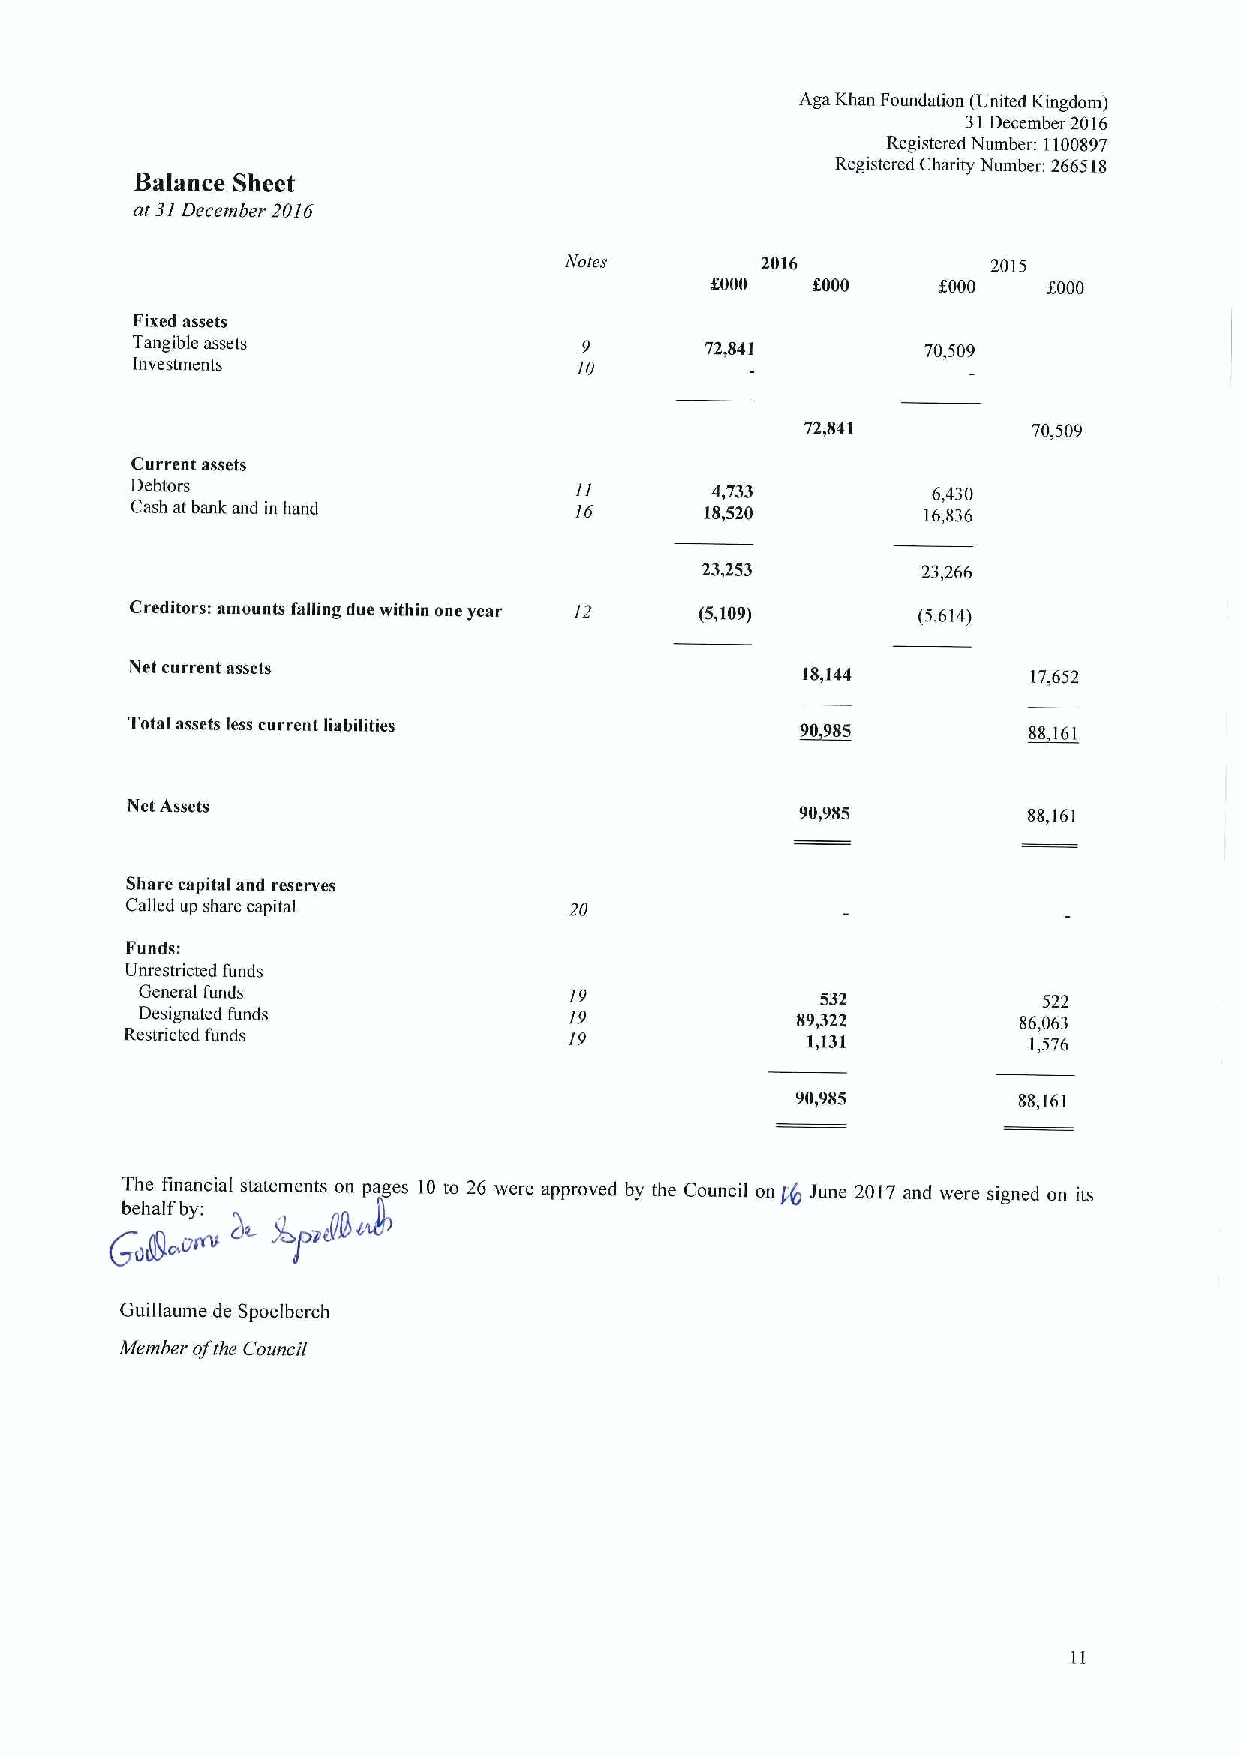
Aga Khan Foundation (United Kingdom)
 31December 2016
 Registered Number: 1100897
 Registered Charity Number 266518
 Balance Sheet
 at 31December 2016
 Notes        2016            2015
 $000   8000    f000   f000
 Fixed assets
 Tangible assets              9        72,841        70,509
 Investments                  10
 72,841         70,509
 Current assets
 Debtors                      11       4733           6,430
 Cash at bank and in hand     16       18,520        16,836
 23,253         23,266
 Creditors: amounts falling due within one year 12 (5,109) (5,614)
 Net current assets
 18,144         17,652
 Total assets less current liabilities        ~90985         88 161
 Net Assets                                   90,985         88,161
 Share capital and reserves
 Called up share capital       20
 Funds:
 Unrestricted funds
 General funds                19              532            522
 Designated funds             19             89,322        86,063
 Restricted funds              19             1,131          1,576
 90,985        88,161
 The financial statements on pages 10to 26 were approved by the Council on ig June 2017 and were signed on its
 Guillaume de Spoelberch
 Member olthe Council
 11